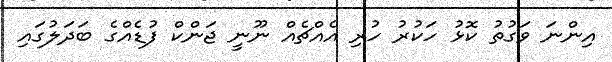
އިންނަ ވަގުތު ކޮޅު ހަކުރު ހުރި އެއްޗެއް ނޫނީ ޖަންކް ފުޑެއްގެ ބަދަލުގައި